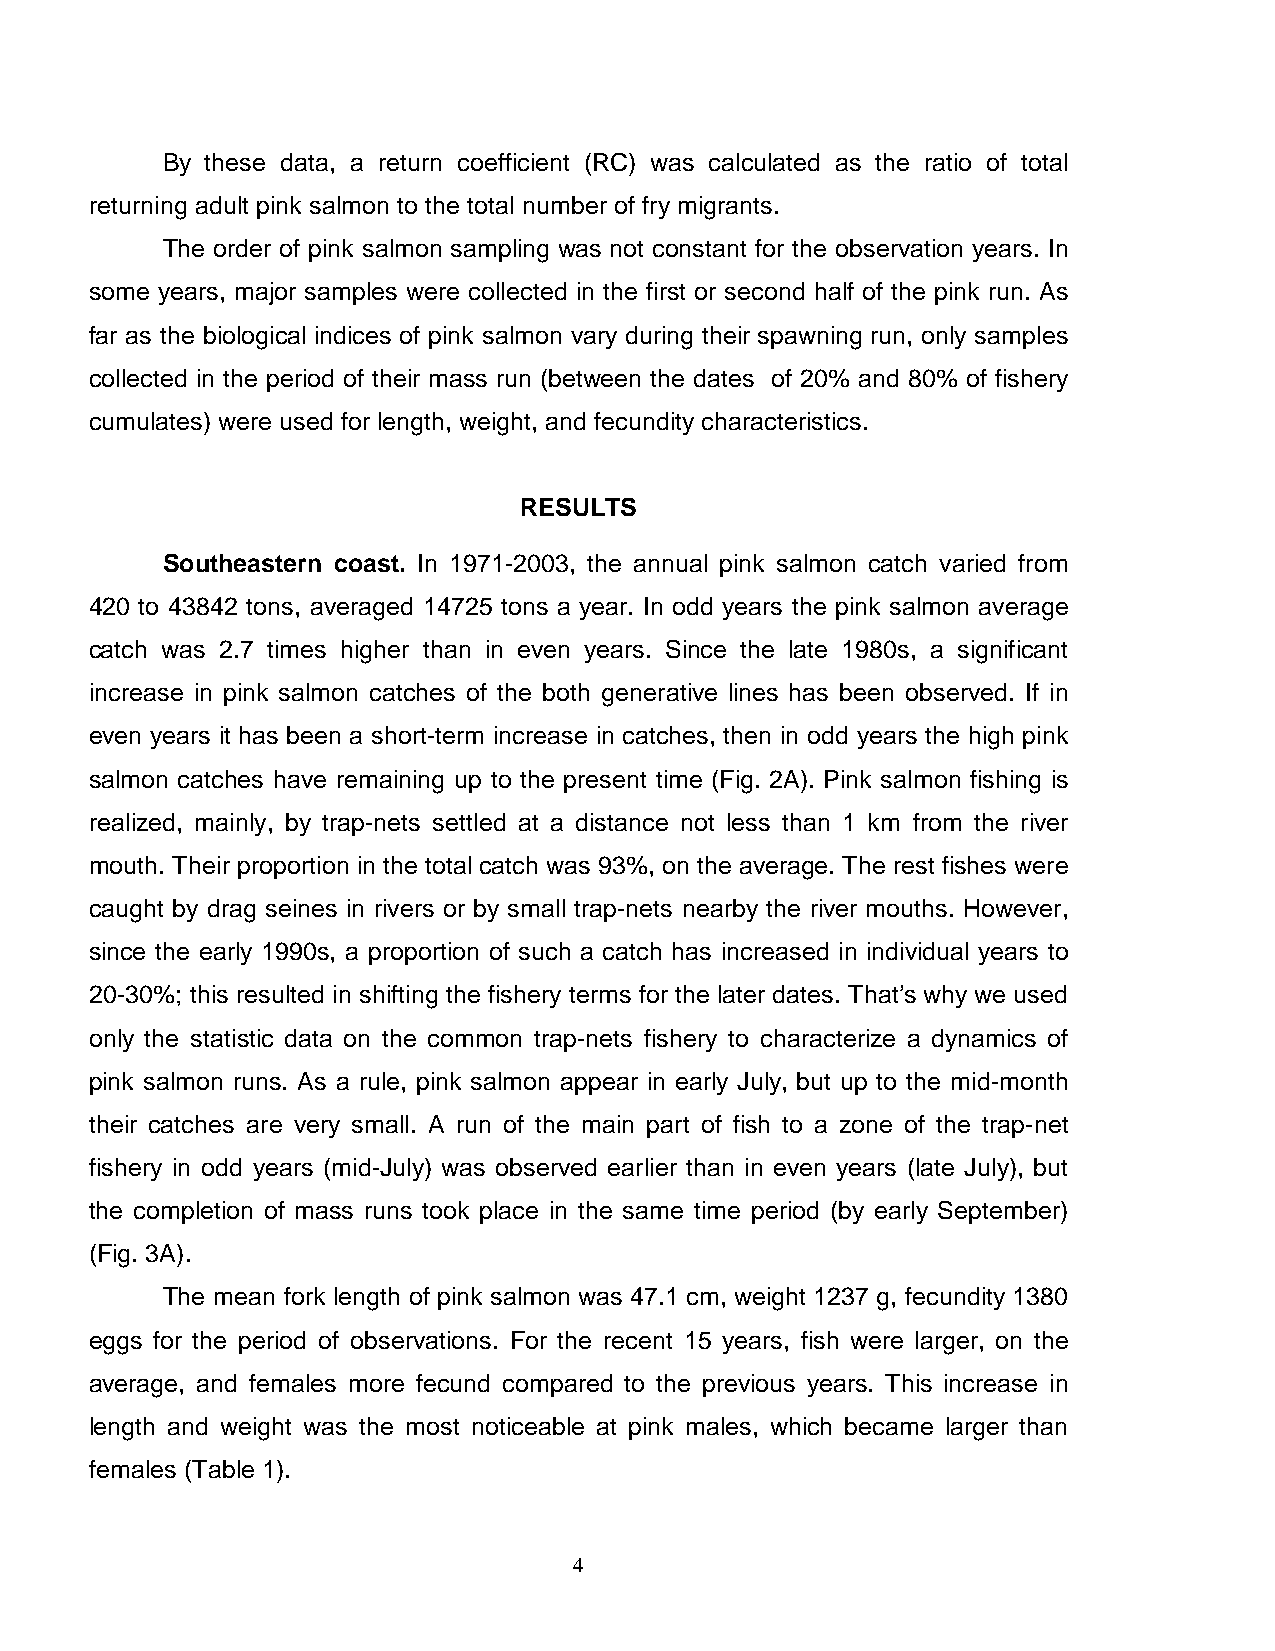
By these data, a return coefficient (RC) was calculated as the ratio of total
 returning adult pink salmon to the total number of fry migrants.
 The order of pink salmon sampling was not constant for the observation years. In
 some years, major samples were collected in the first or second half of the pink run. As
 far as the biological indices of pink salmon vary during their spawning run, only samples
 collected in the period of their mass run (between the dates of 20% and 80% of fishery
 cumulates) were used for length, weight, and fecundity characteristics.
 RESULTS
 Southeastern coast. In 1971-2003, the annual pink salmon catch varied from
 420 to 43842 tons, averaged 14725 tons a year. In odd years the pink salmon average
 catch was 2.7 times higher than in even years. Since the late 1980s, a significant
 increase in pink salmon catches of the both generative lines has been observed. If in
 even years it has been a short-term increase in catches, then in odd years the high pink
 salmon catches have remaining up to the present time (Fig. 2A). Pink salmon fishing is
 realized, mainly, by trap-nets settled at a distance not less than 1 km from the river
 mouth. Their proportion in the total catch was 93%, on the average. The rest fishes were
 caught by drag seines in rivers or by small trap-nets nearby the river mouths. However,
 since the early 1990s, a proportion of such a catch has increased in individual years to
 20-30%; this resulted in shifting the fishery terms for the later dates. That’s why we used
 only the statistic data on the common trap-nets fishery to characterize a dynamics of
 pink salmon runs. As a rule, pink salmon appear in early July, but up to the mid-month
 their catches are very small. A run of the main part of fish to a zone of the trap-net
 fishery in odd years (mid-July) was observed earlier than in even years (late July), but
 the completion of mass runs took place in the same time period (by early September)
 (Fig. 3A).
 The mean fork length of pink salmon was 47.1 cm, weight 1237 g, fecundity 1380
 eggs for the period of observations. For the recent 15 years, fish were larger, on the
 average, and females more fecund compared to the previous years. This increase in
 length and weight was the most noticeable at pink males, which became larger than
 females (Table 1).
 4